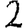
Digit: 2